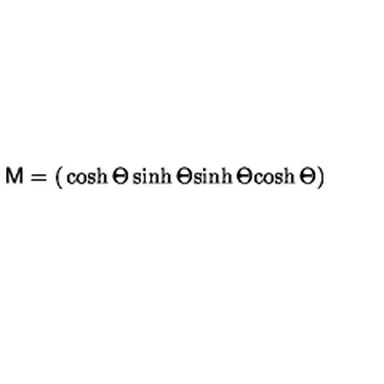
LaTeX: { \bf \sf M } = \left( \begin{matrix} { \cosh \Theta } & { \sinh \Theta } \\ { \sinh \Theta } & { \cosh \Theta } \\ \end{matrix} \right)